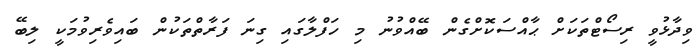
ވިދާޅުވީ ރިސޯޓްތަކަށް ޙާއްސަކޮށްގެން ބޭއްވުނު މި ހަފްލާގައި ގިނަ ފަރާތްތަކުން ބައިވެރިވުމަކީ ލިބޭ